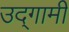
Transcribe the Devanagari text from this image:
उद्‌गामी